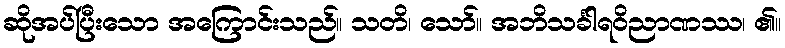
ဆိုအပ်ပြီးသော အကြောင်းသည်။ သတိ၊ သော်။ အဘိသင်္ခါရဝိညာဏဿ၊ ၏။